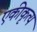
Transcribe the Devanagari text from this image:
एकीकृत्य